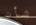
شأن